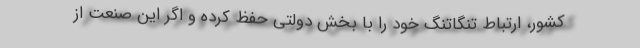
کشور، ارتباط تنگاتنگ خود را با بخش دولتی حفظ کرده و اگر این صنعت از